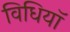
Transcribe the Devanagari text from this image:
विधियॉ